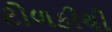
ટોળકીથી